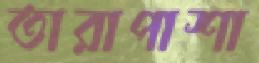
তারাপাশা